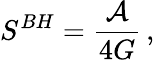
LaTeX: S^{BH}={\frac{\cal A}{4G}}\, ,